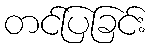
တင်ပြခြင်း